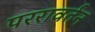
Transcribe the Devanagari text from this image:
पररावर्तन